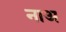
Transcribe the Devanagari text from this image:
नाअ